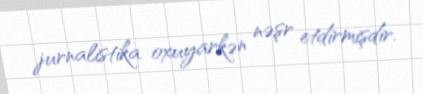
jurnalistika oxuyarkən nəşr etdirmişdir.